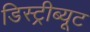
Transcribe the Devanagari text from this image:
डिस्ट्रीब्यूट